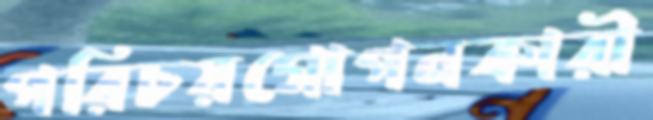
পরিচয়গোপনকারী